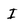
Character: I